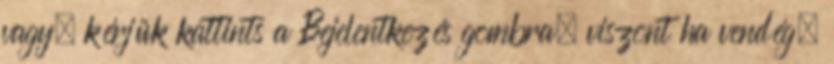
vagy, kérjük kattints a Bejelentkezés gombra, viszont ha vendég,